65_HS1-834228961_62-HQ-83894_Section_1
Agency: FBI
Page 9
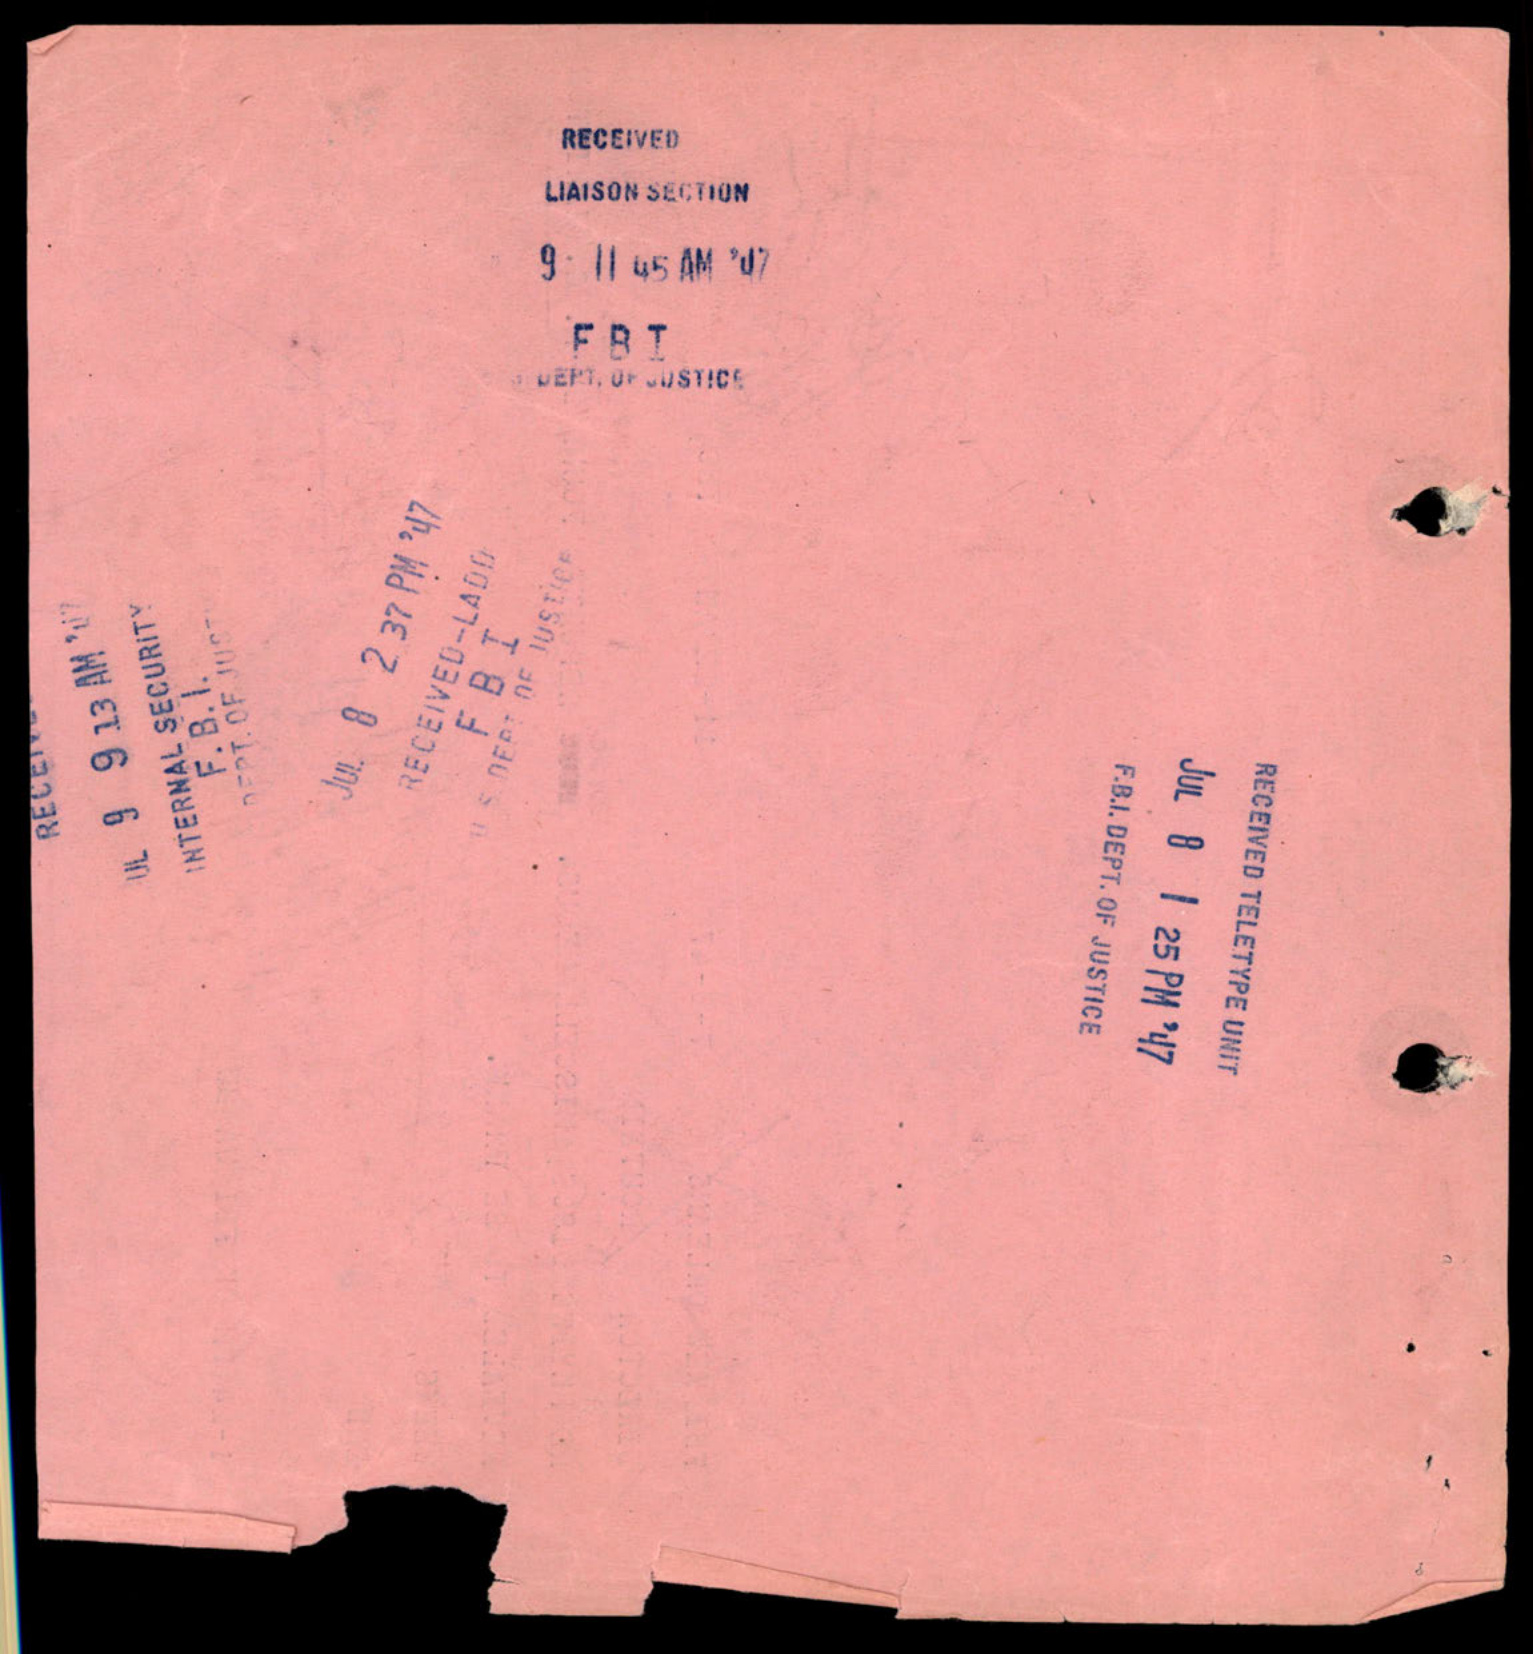